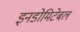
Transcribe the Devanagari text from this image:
इनडोमिटेबल